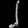
Digit: ၂